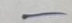
-